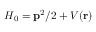
H _ { 0 } = { \mathbf { { p } } ^ { 2 } } / { 2 } + V ( \mathbf { r } )